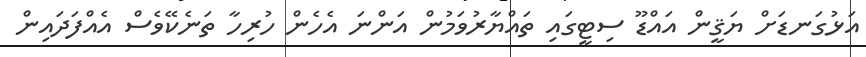
އަޅުގަނޑަށް ޔަޤީން އައްޑޫ ސިޓީގައި ތައްޔާރުވަމުން އަންނަ އެހެން ހުރިހާ ތަނެކޭވެސް އެއްފަދައިން